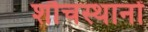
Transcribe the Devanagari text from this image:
शौचस्थानों